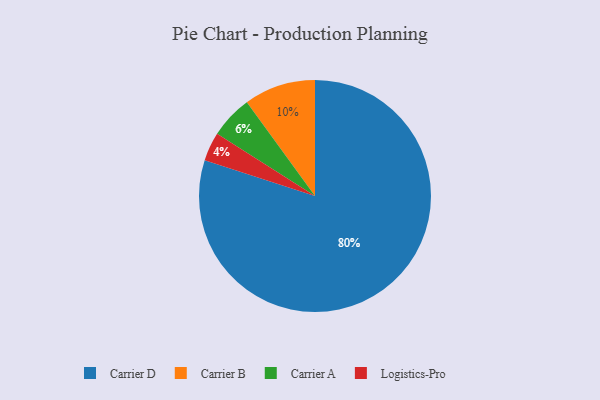
{"axis": {"x": "Category", "y": "Percentage"}, "legend": ["Carrier A", "Carrier B", "Carrier D", "Logistics-Pro"], "data": [{"x": "Carrier D", "y": 80, "type": "Carrier D"}, {"x": "Logistics-Pro", "y": 4, "type": "Logistics-Pro"}, {"x": "Carrier A", "y": 6, "type": "Carrier A"}, {"x": "Carrier B", "y": 10, "type": "Carrier B"}]}